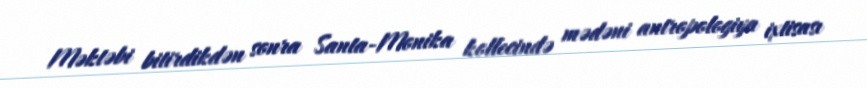
Məktəbi bitirdikdən sonra Santa-Monika kollecində mədəni antropologiya ixtisası